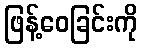
ဖြန့်ဝေခြင်းကို